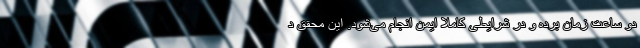
دو ساعت زمان برده و در شرایطی کاملا ایمن انجام می‌شود. این محقق د